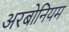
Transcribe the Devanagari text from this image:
अरबोनियम